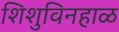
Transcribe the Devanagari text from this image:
शिशुविनहाळ